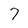
Character: 7